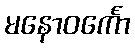
မနောဝင်္ကော